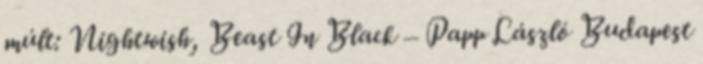
múlt: Nightwish, Beast In Black – Papp László Budapest